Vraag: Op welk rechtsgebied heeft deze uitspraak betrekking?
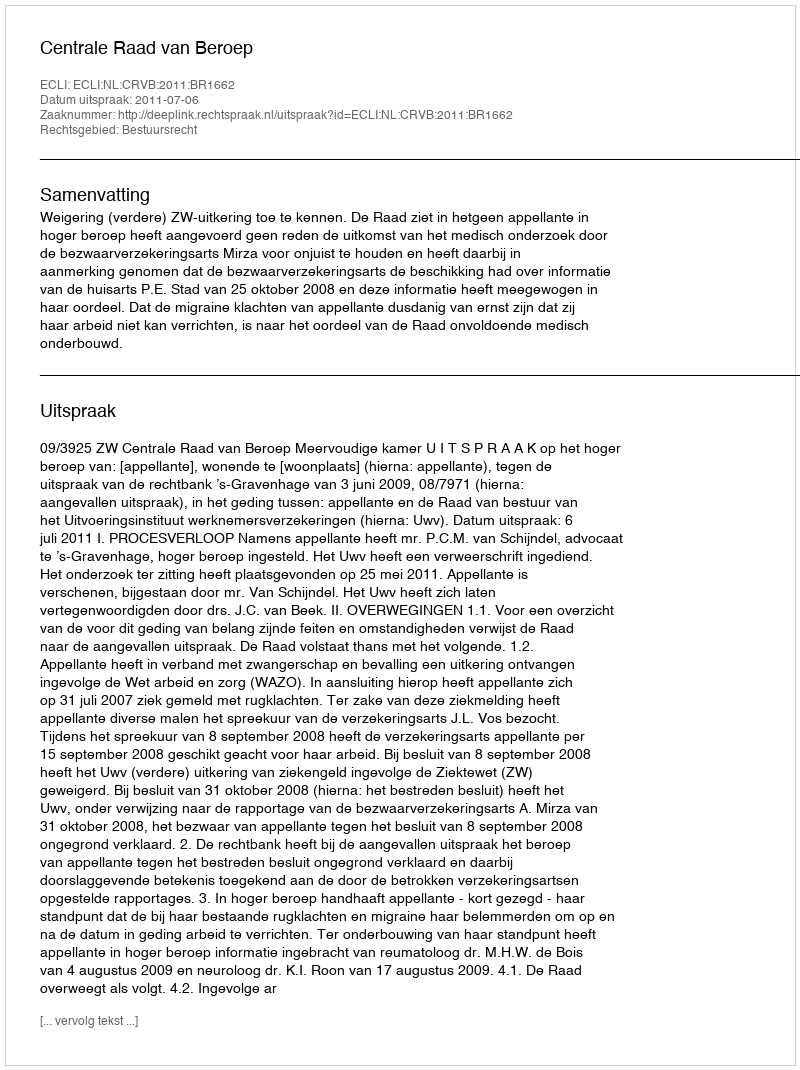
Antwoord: Bestuursrecht